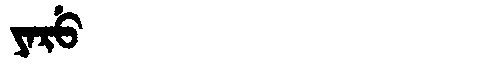
Manchu: ᠶᠠᡵᡠ
Romanization: YARU